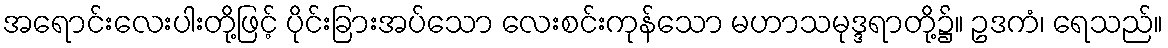
အရောင်းလေးပါးတို့ဖြင့် ပိုင်းခြားအပ်သော လေးစင်းကုန်သော မဟာသမုဒ္ဒရာတို့၌။ ဥဒကံ၊ ရေသည်။